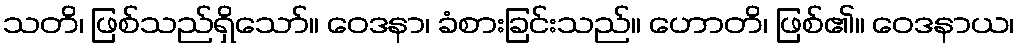
သတိ၊ ဖြစ်သည်ရှိသော်။ ဝေဒနာ၊ ခံစားခြင်းသည်။ ဟောတိ၊ ဖြစ်၏။ ဝေဒနာယ၊